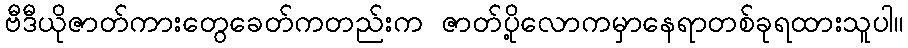
ဗီဒီယိုဇာတ်ကားတွေခေတ်ကတည်းက ဇာတ်ပို့လောကမှာနေရာတစ်ခုရထားသူပါ။